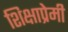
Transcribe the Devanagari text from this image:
शिक्षाप्रेमी